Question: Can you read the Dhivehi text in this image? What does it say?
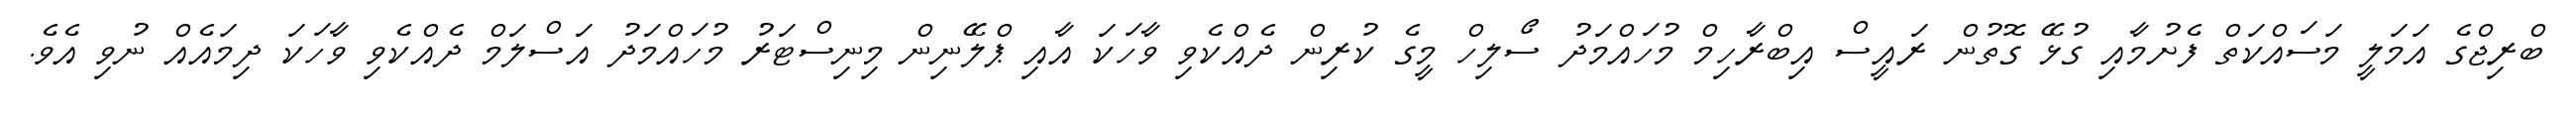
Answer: ބްރިޖްގެ އަމަލީ މަސައްކަތް ފެށުމާއި ގުޅޭ ގޮތުން ރައީސް އިބްރާހިމް މުހައްމަދު ސޯލިހް މީގެ ކުރިން ދެއްކެވި ވާހަކަ އާއި ޕްލޭނިން މިނިސްޓަރު މުހައްމަދު އަސްލަމް ދެއްކެވި ވާހަކަ ދިމައެއް ނުވި އެވެ.